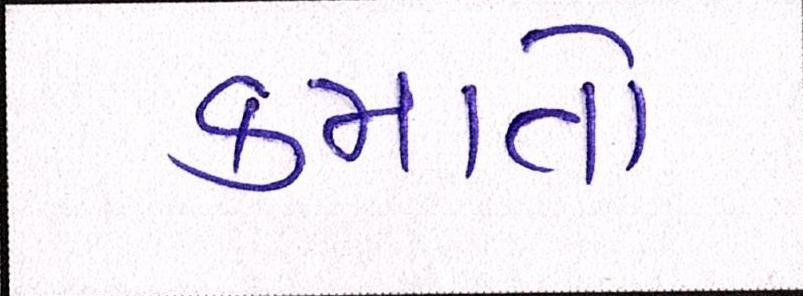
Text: કમાતો